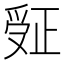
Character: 𬋮